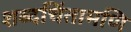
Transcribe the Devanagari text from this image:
शब्दचिंतामणि